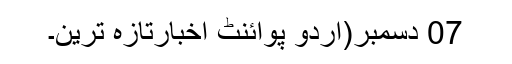
07 دسمبر(اُردو پوائنٹ اخبارتازہ ترین۔